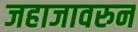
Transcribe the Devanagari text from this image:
जहाजावरुन